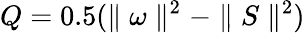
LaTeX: Q=0.5(\parallel\omega\parallel^{2}-\parallel S\parallel^{2})